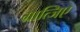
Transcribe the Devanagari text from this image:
ग्रात्जिए